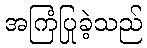
အကြံပြုခဲ့သည်